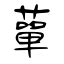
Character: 蕇